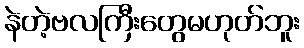
နဲတဲ့ဗလကြီးတွေမဟုတ်ဘူး